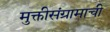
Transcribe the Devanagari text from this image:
मुक्तीसंग्रामाची